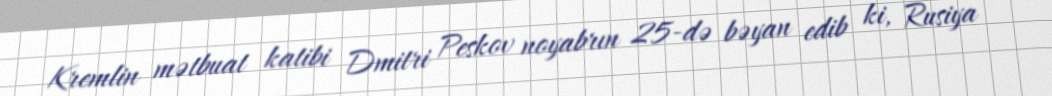
Kremlin mətbuat katibi Dmitri Peskov noyabrın 25-də bəyan edib ki, Rusiya